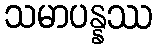
သမာပန္နဿ